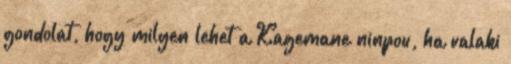
gondolat, hogy milyen lehet a Kagemane ninpou, ha valaki